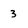
Character: 3